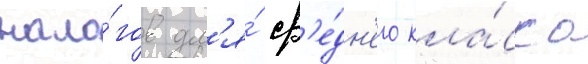
нало́гов дл'я́ ср'е́дн'его кла́сса